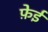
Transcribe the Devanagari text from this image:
फ़ेई